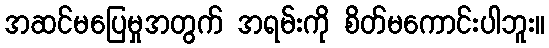
အဆင်မပြေမှုအတွက် အရမ်းကို စိတ်မကောင်းပါဘူး။